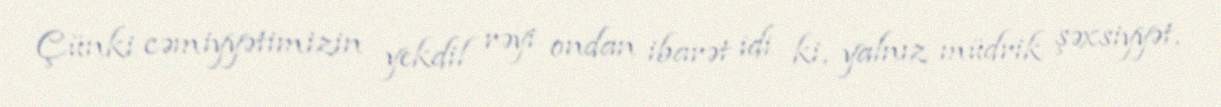
Çünki cəmiyyətimizin yekdil rəyi ondan ibarət idi ki, yalnız müdrik şəxsiyyət,